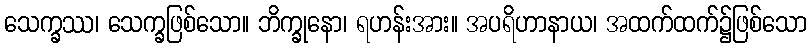
သေက္ခဿ၊ သေက္ခဖြစ်သော။ ဘိက္ခုနော၊ ရဟန်းအား။ အပရိဟာနာယ၊ အထက်ထက်၌ဖြစ်သော